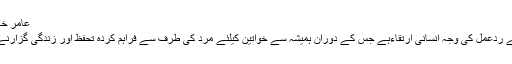
عامر خان نے اپنا ہی ریکارڈ توڑ ڈالا
سائنسدانوں کاکہنا ہے کہ ایسے ردعمل کی وجہ انسانی ارتقاءہے جس کے دوران ہمیشہ سے خواتین کیلئے مرد کی طرف سے فراہم کردہ تحفظ اور زندگی گزارنے کے ذرائع بہت اہم رہے ہیں۔